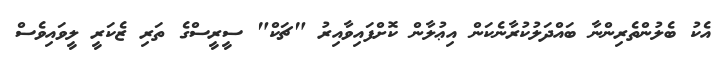
އެކު ބެލުންތެރިންނާ ބައްދަލުކުރާނެކަން އިޢުލާން ކޮށްފައިވާއިރު "ޗަކް" ސީރީސްގެ ތަރި ޒެކަރީ ލީވައިވެސް